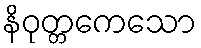
နိဝုတ္တကေသော